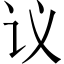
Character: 议